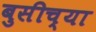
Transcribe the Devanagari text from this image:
बुसीच्या